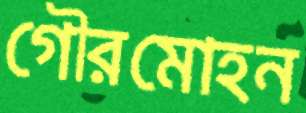
গৌরমোহন